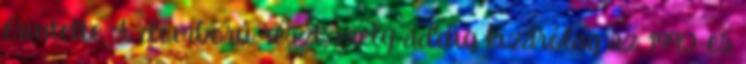
érintette. A domború részt, mely addig kizárólag az 1990-es